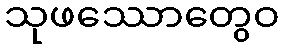
သုဖဿောတွေဝ